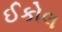
ઈકોલ